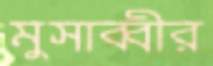
মুসাব্বীর